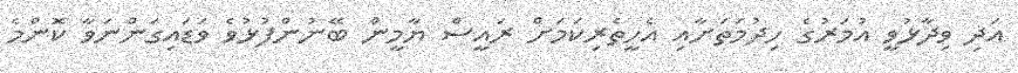
އަދި ވިދާޅުވީ އުމަރުގެ ހިދުމަތަށާއި އެހީތެރިކަމަށް ރައީސް ޔާމީން ބޭނުންފުޅުވެ ވަޑައިގަންނަވާ ކޮންމެ